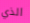
الذي